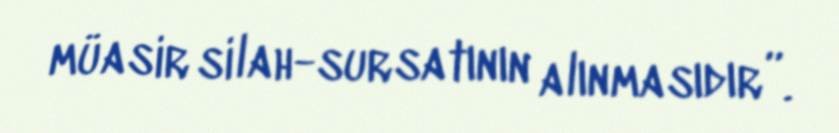
müasir silah-sursatının alınmasıdır”.